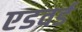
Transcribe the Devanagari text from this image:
एडवर्ड